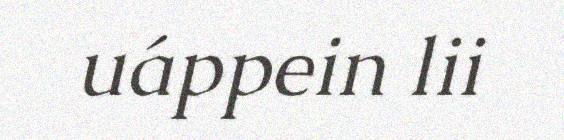
uáppein lii